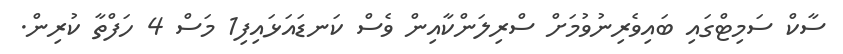
ސާކް ސަމިޓްގައި ބައިވެރިނުވުމަށް ސްރިލަންކާއިން ވެސް ކަނޑައަޅައިފި1 މަސް 4 ހަފްތާ ކުރިން.